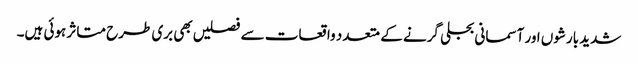
شدید بارشوں اور آسمانی بجلی گرنے کے متعدد واقعات سے فصلیں بھی بری طرح متاثر ہوئی ہیں۔